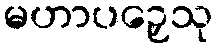
မဟာပဉှေသု